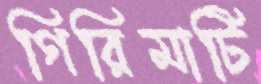
গিরিমাটি